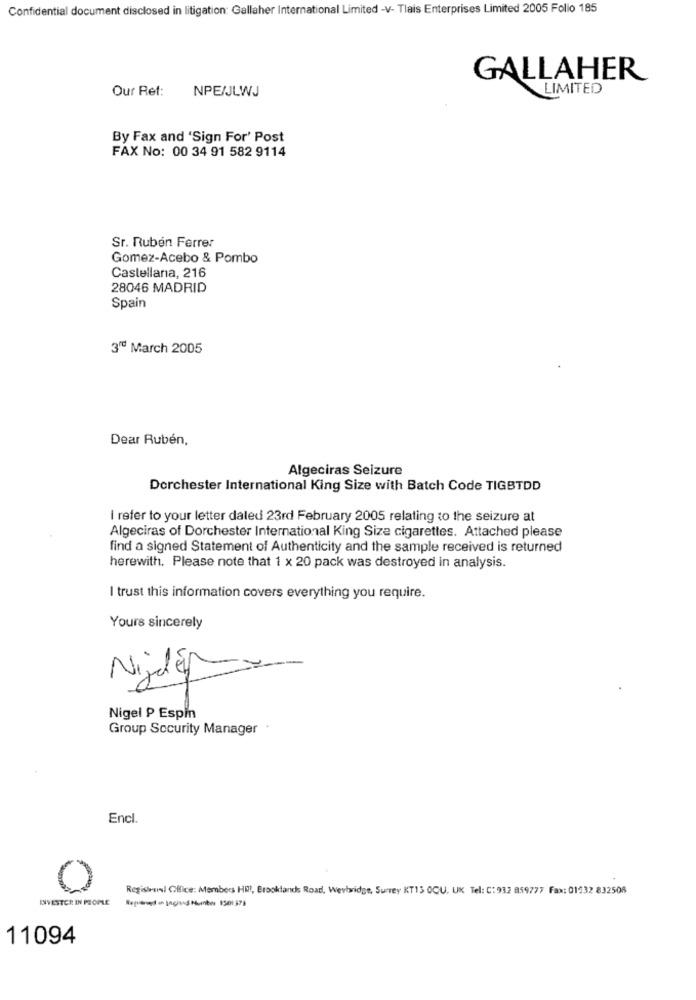
Confidential document disclosed in litigation: Gallaher International Limited -V- Tlais Enterprises Limited 2005 Folio 185
GALLAHER
Our Ret:
NPE/JLWJ
LIMITED
By Fax and 'Sign For' Post
FAX No: 00 34 91 582 9114
Sr. Rubén Ferrer
Gomez-Acebo & Pombo
Castellana, 216
28046 MADRID
Spain
3ª March 2005
Dear Rubén,
Algeciras Seizure
Dorchester International King Size with Batch Code TIGBTDD
I refer to your letter daled 23rd February 2005 relating to the seizure at
Algeciras of Dorchester International King Size cigarettes. Attached please
find a signed Statement of Authenticity and the sample received is returned
herewith. Please note that 1 x 20 pack was destroyed in analysis.
I trust this information covers everything you require.
Yours sincerely
Nigel P Espin
Group Security Manager .
Encl.
O
Registrasl Office: Members HI !!, Brooklands Road, Weybridge, Surrey KT13 OCU. UK Tel: C: 932 859777 Fax: 01532 832508
INVESTOR IN PEOPLE
11094